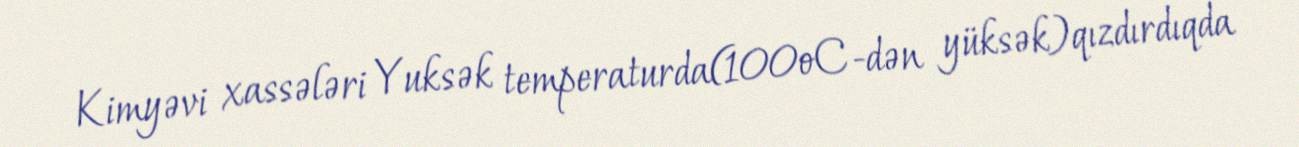
Kimyəvi xassələri Yuksək temperaturda(100oC-dən yüksək)qızdırdıqda